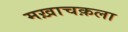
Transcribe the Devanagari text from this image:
मख़ाचक़ला